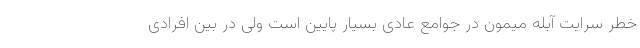
خطر سرایت آبله میمون در جوامع عادی بسیار پایین است ولی در بین افرادی